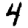
Digit: 4